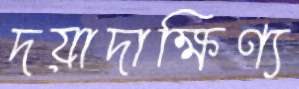
দয়াদাক্ষিণ্য